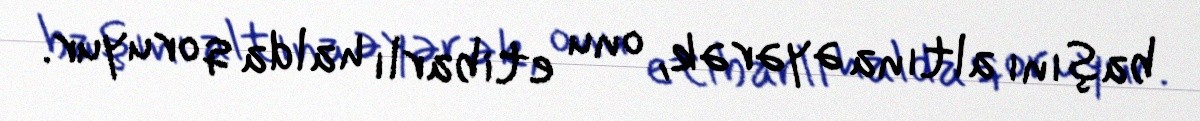
başını altına əyərək, onu etibarlı halda qoruyur.